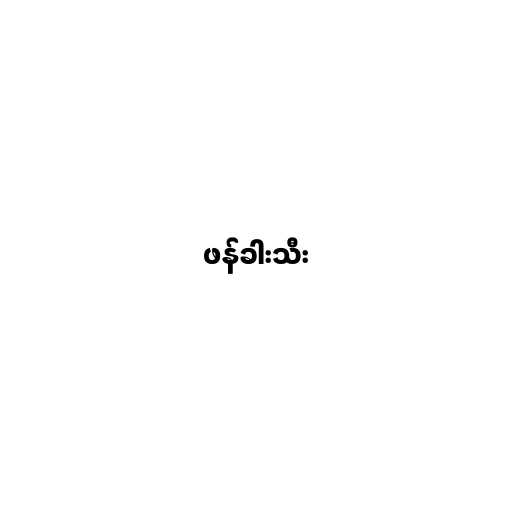
ဖန်ခါးသီး